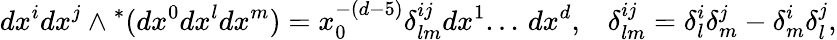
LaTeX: dx^{i}dx^{j}\wedge{}^{*}(dx^{0}dx^{l}dx^{m})=x_{0}^{-(d-5)}\delta_{lm}^{ij}dx^{1}...\, dx^{d},\; \; \; \delta_{lm}^{ij}=\delta_{l}^{i}\delta_{m}^{j}-\delta_{m}^{i}\delta_{l}^{j},